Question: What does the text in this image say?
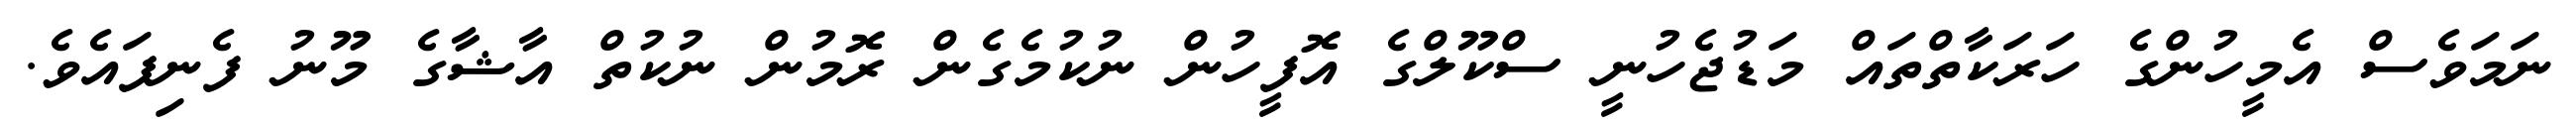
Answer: ނަމަވެސް އެމީހުންގެ ހަރަކާތްތައް މަޑުޖެހުނީ ސްކޫލްގެ އޮފީހުން ނުކުމެގެން ރޮމުން ނުކުތް އާޝާގެ މޫނު ފެނިފައެވެ.